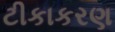
ટીકાકરણ